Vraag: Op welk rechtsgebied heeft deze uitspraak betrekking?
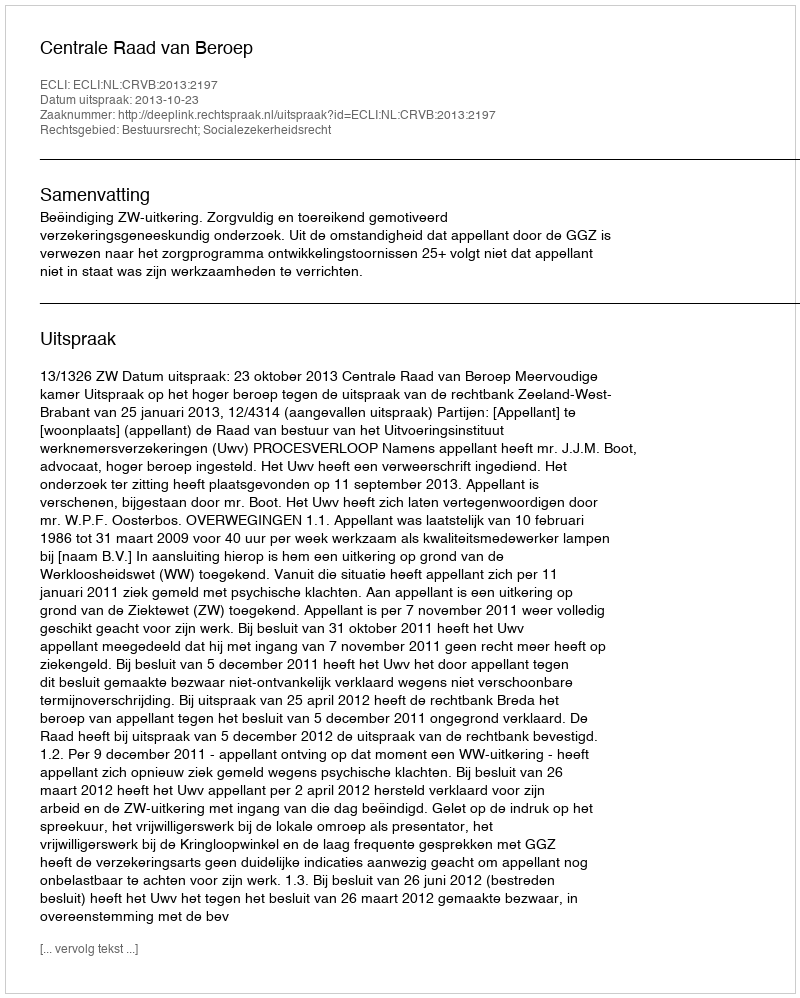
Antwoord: Bestuursrecht; Socialezekerheidsrecht